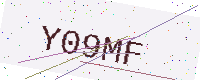
Text: Y09MF